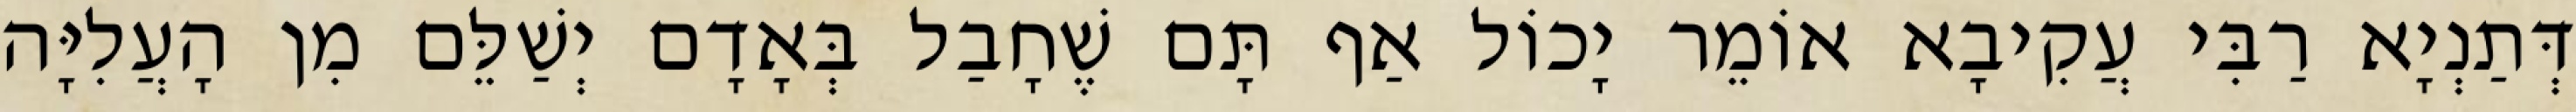
דְּתַנְיָא רַבִּי עֲקִיבָא אוֹמֵר יָכוֹל אַף תָּם שֶׁחָבַל בְּאָדָם יְשַׁלֵּם מִן הָעֲלִיָּה